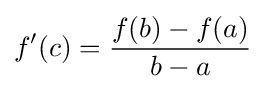
f'(c)={\frac {f(b)-f(a)}{b-a}}